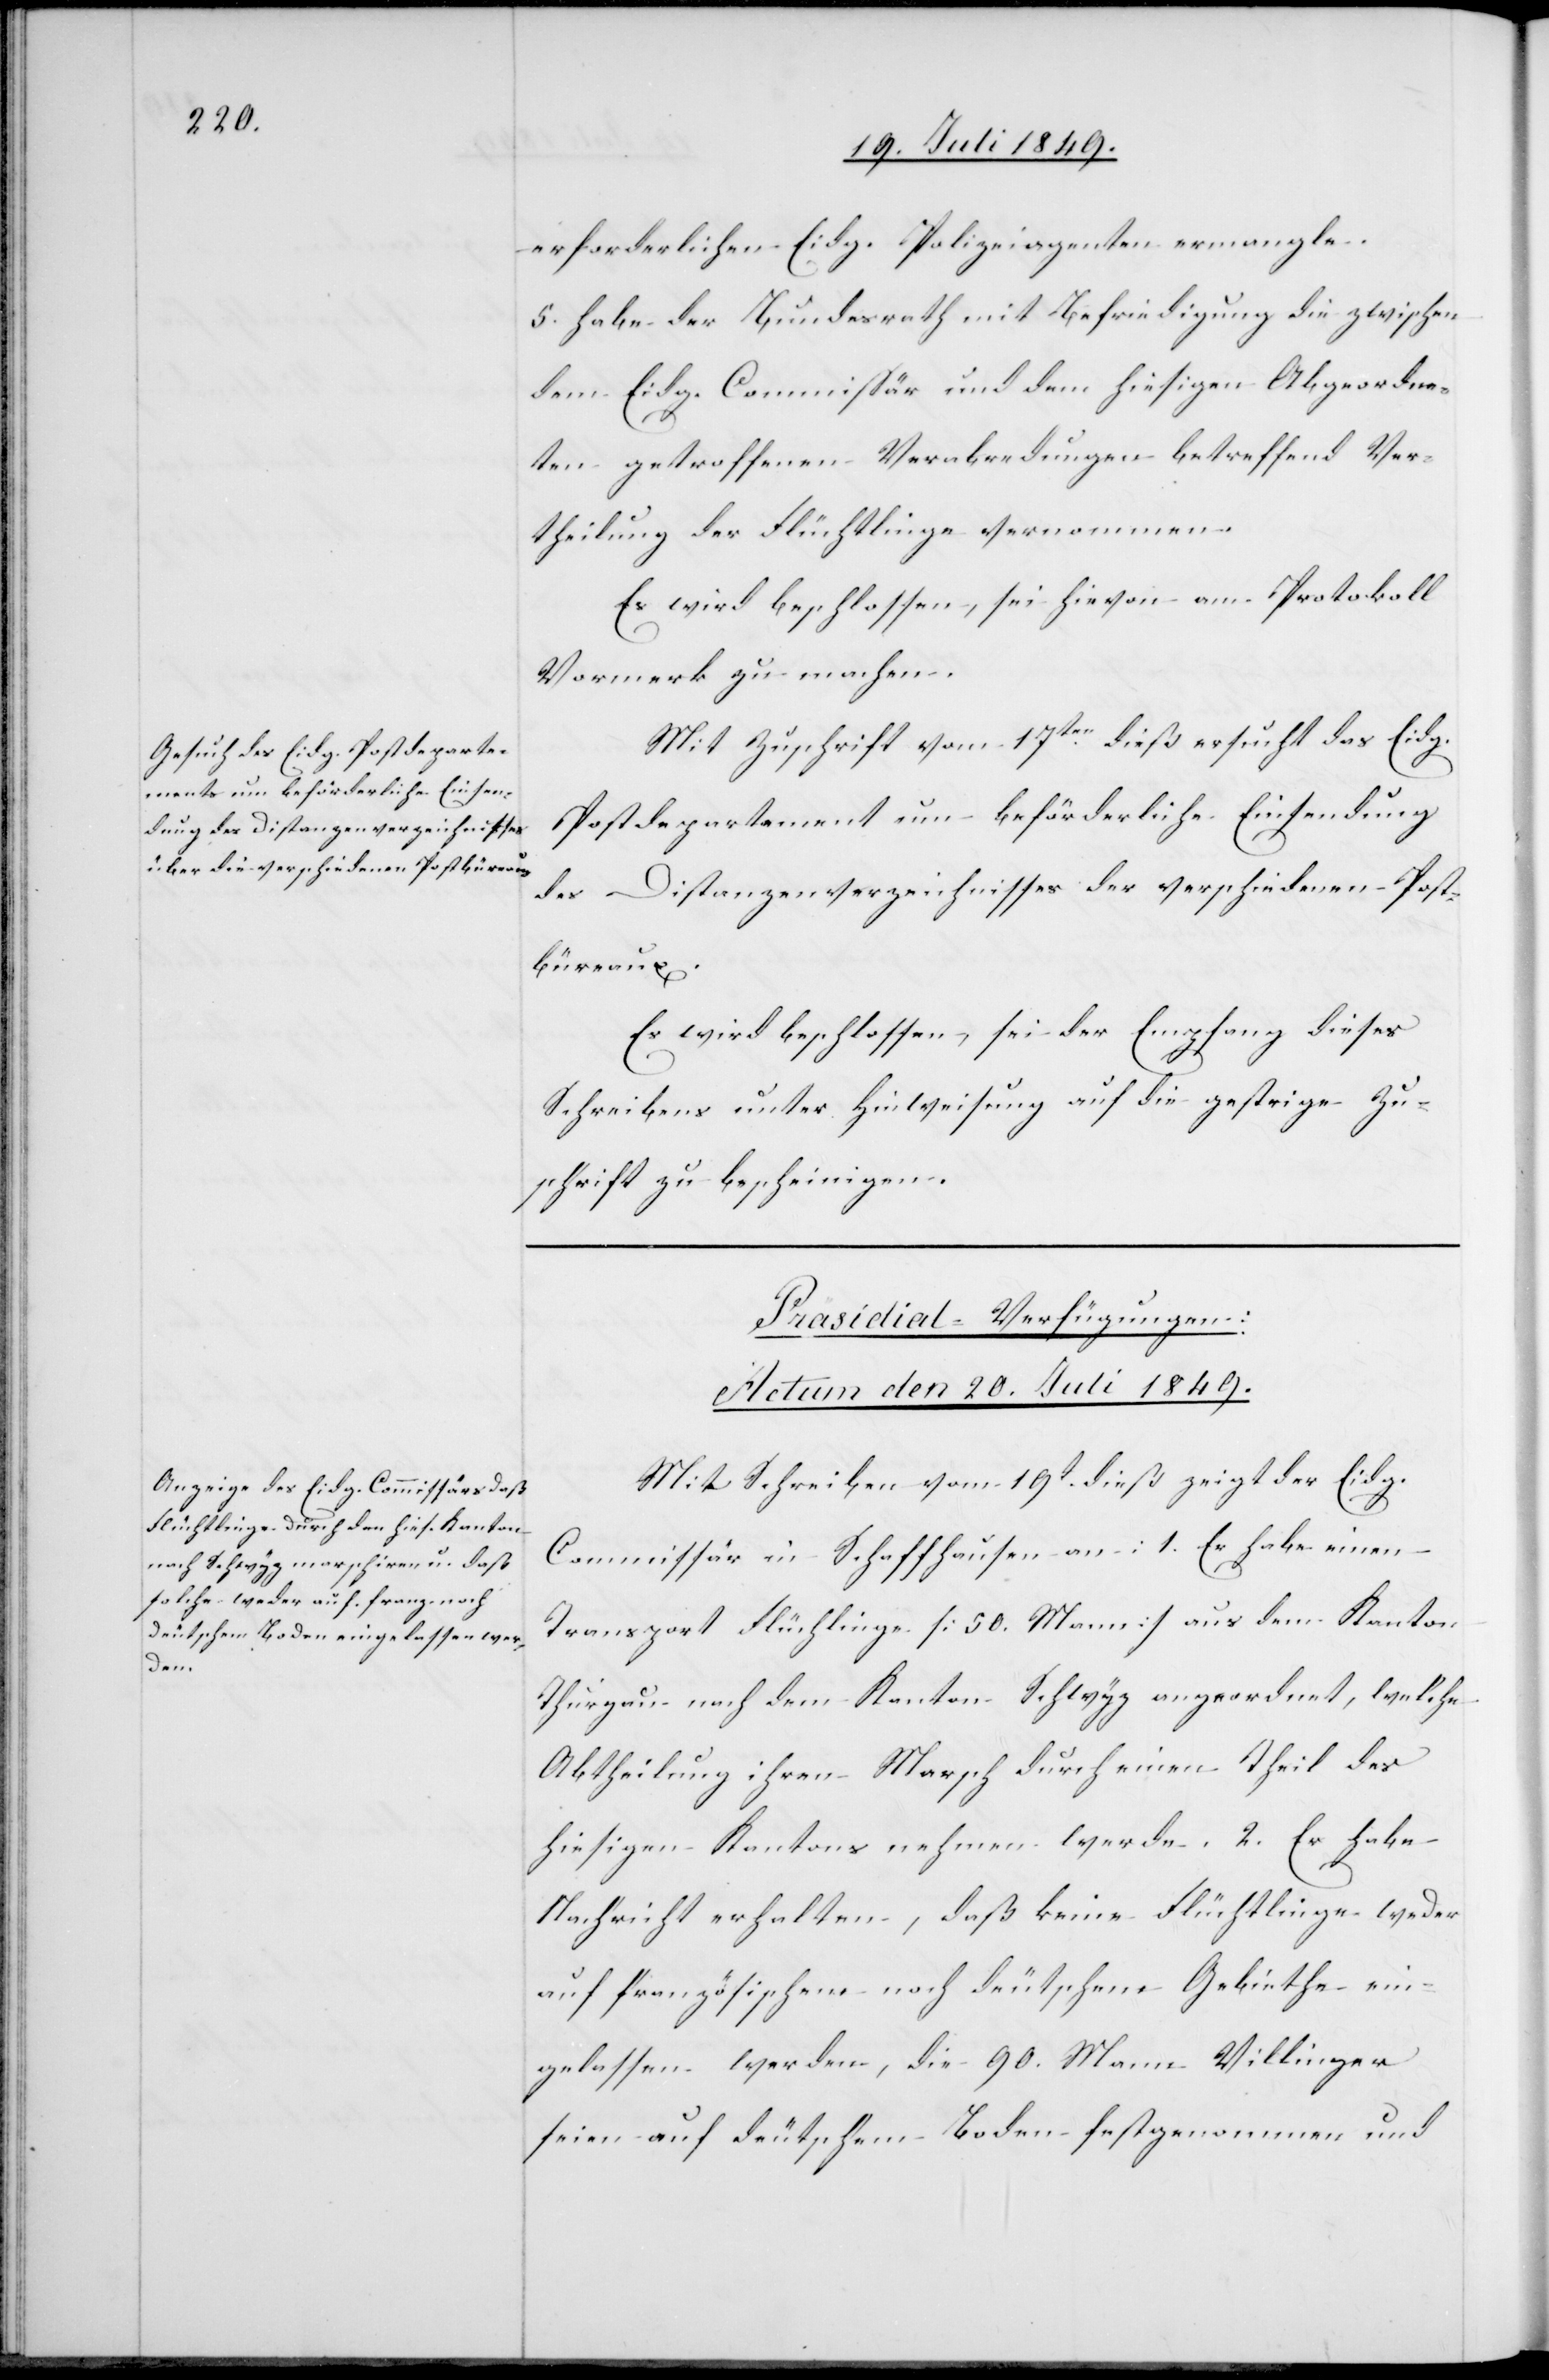
erforderlichen Eidg. Polizeiagenten ermangle.
5. habe der Bundesrath mit Befriedigung die zwischen
dem Eidg. Commissär und dem hiesigen Abgeordne¬
ten getroffenen Verabredungen betreffend Ver¬
theilung der Flüchtlinge vernommen.
Es wird beschlossen, sei hievon am Protokoll
Vormerk zu machen.
Mit Zuschrift vom 17ten dieß ersucht das Eidg.
Postdepartement um beförderliche Einsendung
des Distanzenverzeichnisses des verschiedenen Post¬
büreaux.
Es wird beschlossen, sei der Empfang dieses
Schreibens unter Hinweisung auf die gestrige Zu¬
schrift zu bescheinigen.
Präsidial-Verfügungen:
Actum den 20. Juli 1849.
Mit Schreiben vom 19t dieß zeigt der Eidg.
Commissär in Schaffhausen an: 1. Er habe einen
Transport Flüchtlinge [50. Mann] aus dem Kanton
Thurgau nach dem Kanton Schwyz angeordnet, welche
Abtheilung ihren Marsch durch einen Theil des
hiesigen Kantons nehmen werde. 2. Er habe
Nachricht erhalten, daß keine Flüchtlinge weder
auf französischem noch deutschem Gebiethe ein¬
gelassen werden, die 90. Mann Villinger
seien auf deutschem Boden festgenommen und